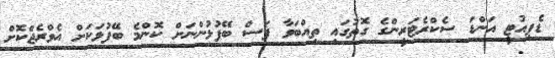
ޑެޕިއުޓީ އަންޑަ ސެކްރެޓަރީންގެ ގޮތުގައި ތިއްބަވާ ފަސް ބޭފުޅުންނަށް ކޮންމެ ބޭފުޅަކަށް އެވްރެޖްކޮށް